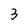
Character: 3